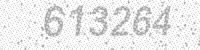
Solution: 613264